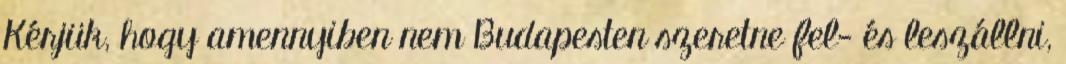
Kérjük, hogy amennyiben nem Budapesten szeretne fel- és leszállni,